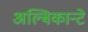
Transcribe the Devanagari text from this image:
अल्बिकान्टे